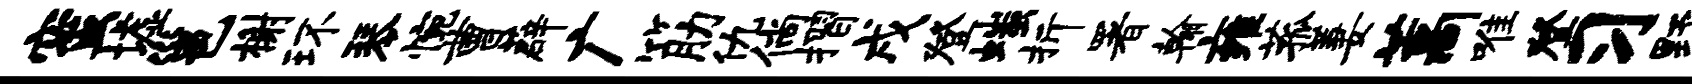
蜜墟邕榭环琴惋曹薜广筋仇倘摺戌登嗤折署翰雍菰萋藁唯登习野